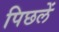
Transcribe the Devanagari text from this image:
पिछलें